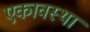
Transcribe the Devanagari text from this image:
एकावस्था